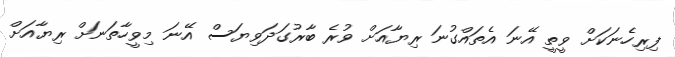
ފިރިހެނަކަށް ވީތީ އޭނަ އެތައްގުނަ ރިޔާއަށް ވުރެ ބާރުގަދަވިޔަސް އޭނަ މިވީހާތަނަށް ރިޔާއަށް